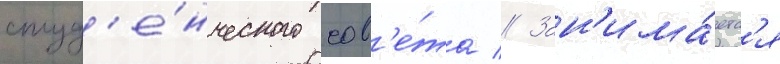
студ'е́нческого сов'е́та // Зан'има́етс'я